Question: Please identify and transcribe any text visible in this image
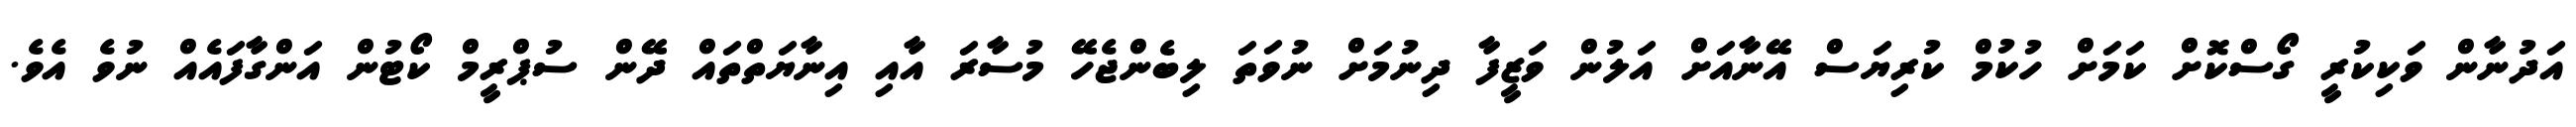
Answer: އަދުނާން ވަކިކުރީ ގޯސްކޮށް ކަމަށް ހުކުމް ކުރިޔަސް އޭނާއަށް އަލުން ވަޒީފާ ދިނުމަށް ނުވަތަ ލިބެންޖެހޭ މުސާރަ އާއި އިނާޔަތްތައް ދޭން ސުޕްރީމް ކޯޓުން އަންގާފައެއް ނުވެ އެވެ.